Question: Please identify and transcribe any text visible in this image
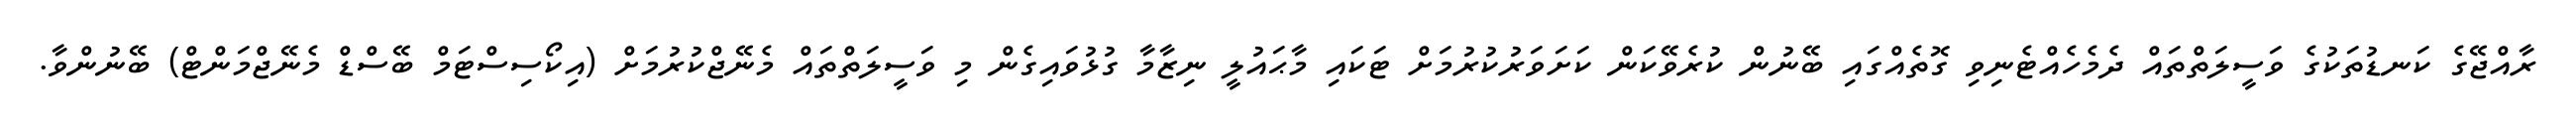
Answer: ރާއްޖޭގެ ކަނޑުތަކުގެ ވަސީލަތްތައް ދެމެހެއްޓެނިވި ގޮތެއްގައި ބޭނުން ކުރެވޭކަން ކަށަވަރުކުރުމަށް ޓަކައި މާޙައުލީ ނިޒާމާ ގުޅުވައިގެން މި ވަސީލަތްތައް މެނޭޖްކުރުމަށް (އިކޯސިސްޓަމް ބޭސްޑް މެނޭޖްމަންޓް) ބޭނުންވާ.